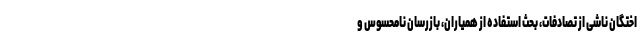
اختگان ناشی از تصادفات، بحث استفاده از همیاران، بازرسان نامحسوس و